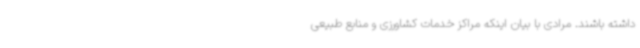
داشته باشند. مرادی با بیان اینکه مراکز خدمات کشاورزی و منابع طبیعی